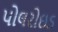
પોલરોઇડ